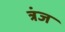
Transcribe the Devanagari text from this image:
त्रंज